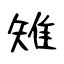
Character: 雉